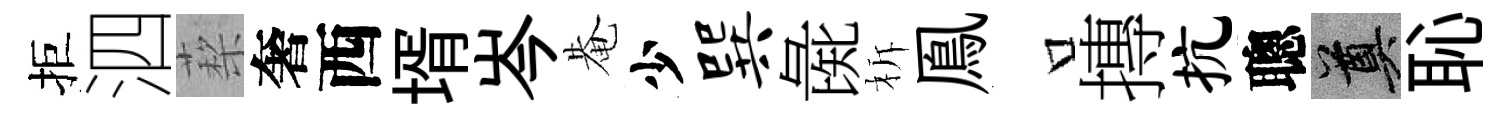
拒泗蔾奢西壻岑𤲅少巽彘柝鳯口摶抗聰奠恥